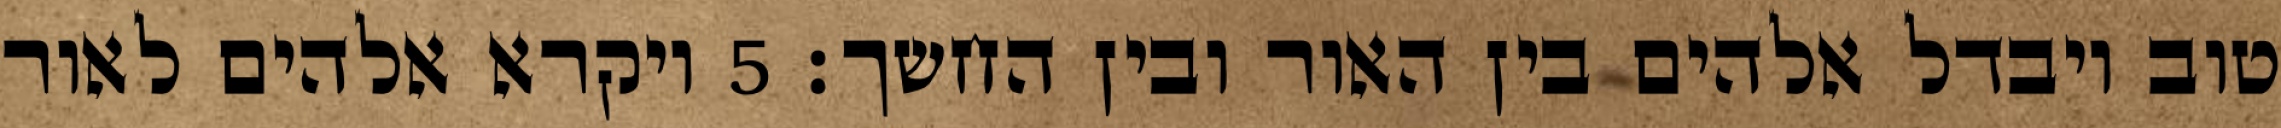
טוב ויבדל אלהים בין האור ובין החשך׃ ‎5‏ ויקרא אלהים לאור